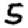
Digit: 5